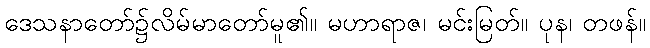
ဒေသနာတော်၌လိမ်မာတော်မူ၏။ မဟာရာဇ၊ မင်းမြတ်။ ပုန၊ တဖန်။